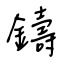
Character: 鑄